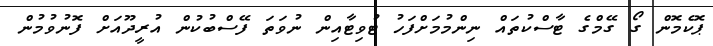
ޕޮކެމޮން ގޯ ގޭމްގެ ޓާސްކުތައް ނިންމުމަށްފަހު ޓުވިޓާއިން ނުވަތަ ފޭސްބުކުން އުރީދޫއަށް ފޮނުވުމުން